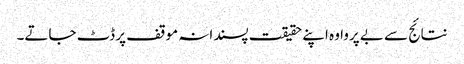
نتائج سے بے پروا وہ اپنے حقیقت پسندانہ موقف پر ڈٹ جاتے۔